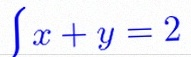
\{ x+y=2